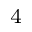
_ 4